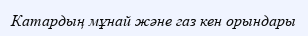
Катардың мұнай және газ кен орындары